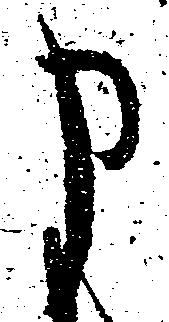
申